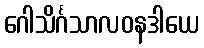
ဂေါသိင်္ဂသာလဝနဒါယေ